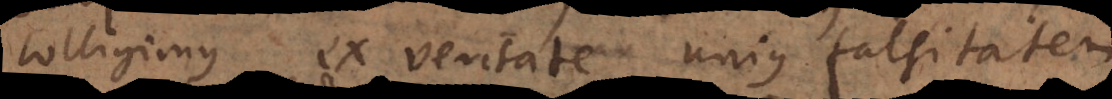
colligimus ex veritate unius falsitatem